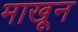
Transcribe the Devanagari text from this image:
माखून